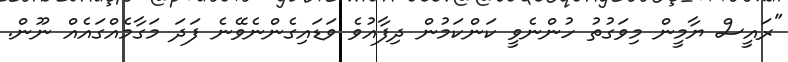
"ރައީސް ޔާމީން މިވަގުތު ހުންނެވީ ކަންކަމުން ދިފާއުވެ ވަޑައިގެންނެވޭނެ ފަދަ މަގާމެއްގައެއް ނޫން.